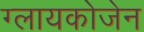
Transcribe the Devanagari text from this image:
ग्लायकोजेन